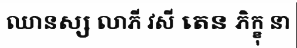
ឈានស្ស លាភី វសី តេន ភិក្ខុ នា